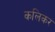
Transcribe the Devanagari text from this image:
कलिकर